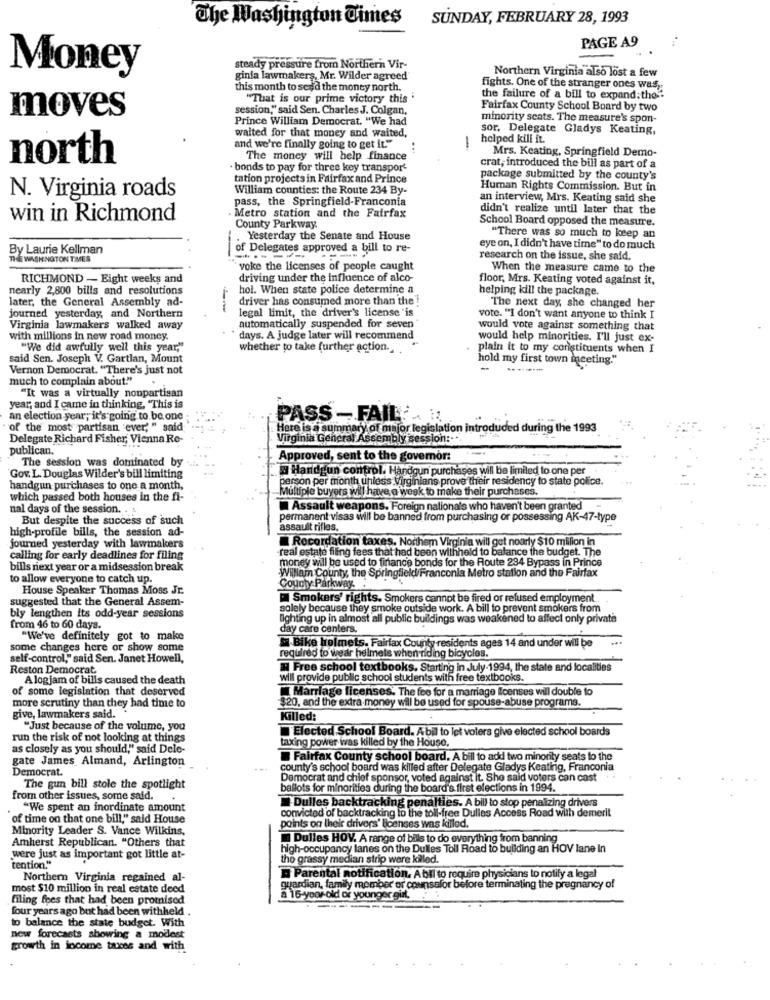
The Washington Times
SUNDAY, FEBRUARY 28, 1993
PAGE A9
Money
steady pressure from Northern Vir-
Northern Virginia also lost a few
ginla lawmakers, Mr. Wilder agreed
this month to sead the money north.
fights. One of the stranger ones was:
"That is our prime victory this
the failure of a bill to expand; the".
moves
session," said Sen. Charles J. Colgan,
Fairfax County School Board by two
Prince William Democrat. "We had
minority seats. The measure's spon-
waited for that money and waited,
sor, Delegate Gladys Keating,
-
helped kill it.
and we're finally going to get it."
Mrs. Keating, Springfield Demo-
north
The money will help finance
· bonds to pay for three key transpor-
crat, introduced the bill as part of a
tation projects in Fairfax and Prince
package submitted by the county's
William counties: the Route 234 By-
Human Rights Commission. But in
N. Virginia roads
pass, the Springfield-Franconia
an interview, Mrs. Keating said she
didn't realize until later that the
win in Richmond
. Metro station and the Fairfax
School Board opposed the measure.
County Parkway.
Yesterday the Senate and House
"There was so much to keep an
By Laurie Kellman
of Delegates approved a bill to re-
eye on, I didn't have time" to do much
THE WASHINGTON TIMES
research on the issue, she said.
voke the licenses of people caught
When the measure came to the
RICHMOND - Eight weeks and
driving under the influence of alco-
floor, Mrs. Keating voted against it,
nearly 2,800 bills and resolutions
hol. When state police determine a
helping kill the package
later, the General Assembly ad-
driver has consumed more than the !
legal limit, the driver's license "is
The next day, she changed her
journed yesterday, and Northern
vote. "I don't want anyone to think I
Virginia lawmakers walked away
automatically suspended for seven"
would vote against something that
with millions in new road money.
days. A judge later will recommend
would help minorities. I'll just ex-
"We did awfully well this year,"
whether to take further action.
plain it to my coristituents when I
said Sen. Joseph V. Gartlan, Mount
hold my first town inceting."
Vernon Democrat. "There's just not
much to complain about""
"It was a virtually noupartisan
year, and I came in thinking, 'This is
an election year, it's going to be one
PASS - FAIL
of the most partisan ever, " said
Here is a summary of major legislation introduded during the 1993
Delegate Richard Fisher, Vienna Re-
Virginia General Assembly session :. ..
publican.
Approved, sent to the governor:
The session was dominated by
Handgun control. Handgun purchases will be limited to one per
Gov. L. Douglas Wilder's bill limiting
person per month unless Virginians prove their residency to state police
handgun purchases to one a month,
Multiple buyers will have a week to make their purchases.
which passed both houses in the fi-
nal days of the session. .
Assault weapons. Foreign nationals who haven't been granted
But despite the success of such
permanent visas will be banned from purchasing or possessing AK-47-type
high-profile bills, the session ad-
assault rifles.
journed yesterday with lawmakers
Recordation taxes. Northern Virginia will get noorly $10 million in
real estate filing fees that had been withheld to balance
Balance the budget. The
calling for early deadlines for filing
money will be used to finance bonds for the Route 294 Bypass in Prince
bills next year or a midsession break
to allow everyone to catch up.
William County, the Springfield/Franconia Metro station and the Fairfax
House Speaker Thomas Moss Jr.
County Parkway ..
suggested that the General Assem-
Smokers' rights. Smokers cannot be fired or refused employment
solely because they smoke outside work. A bill to prevent smokers from
bly lengthen its odd-year sessions
fighting up in almost all public buildings was weakened to affect only private
from 46 to 60 days.
day care centers.
"We've definitely got to make
some changes here or show some
Bike Helmets. Fairfax County residents ages 14 and under will be
self-control," said Sen. Janet Howell,
required to wear helmets when riding bicycles.
Reston Democrat
Free school textbooks. Starting in July-1994, the state and localities
Alogjam of bills caused the death
will provide public school students with free textbooks.
of some legislation that deserved
Marriage licenses. The fee for a marriage Icenses will double to
$20, and the extra money will be used for spouse-abuse programs.
more scrutiny than they had time to
give, lawmakers said ..
Killed:
"Just because of the volume, you
Elected School Board. Abil to let voters give elected school boards
run the risk of not looking at things
taxing power was killed by the House,
as closely as you should," said Dele-
gate James, Almand, Arlington
Fairfax County school board. A bill to add two minority seats to the
Democrat.
county's school board was killed after Delegate Gladys Keating, Franconia
Democrat and chief sponsor, voted against it. She said voters can cast
The gun bill stole the spotlight
ballots for minorities during the board's first elections in 1994.
from other issues, some said.
Dulles backtracking penalties. A bill to stop penalizing drivers
"We spent an inordinate amount
convicted of backtracking io the toll-free Dulles Access Road with demerit
of time on that one bill," said House
Minority Leader S. Vance Wilkins,
points on their drivers' Beenses was killed.
Amherst Republican. "Others that
Dulles HOV. A range of bils to do everything from banning
high-occupancy lanes on the Dulles Toll Road to building an HOV lane In
were just as important got little at-
tention."
tho grassy median strip were killed.
Northern Virginia regained al-
D' Parental notification. Abil to require physicians to notify a legal
most $10 million in real estate deed
guardian, family member or counselor before terminating the pregnancy of
filing foes that had been promised
a 16-year-old or younger girl ..
four years ago but had been withheld .
to balance the state budget. With
new forecasts showing a modest
growth in income taxes and with